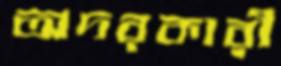
অদরকারী